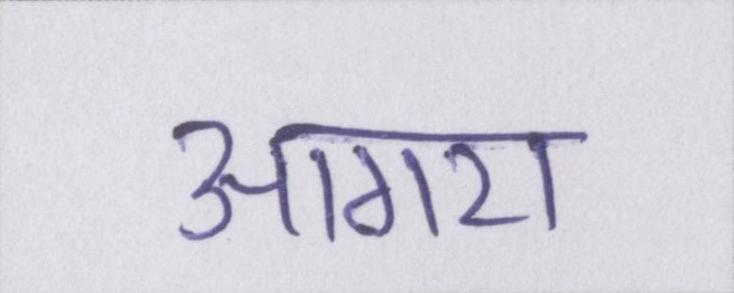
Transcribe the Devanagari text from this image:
आगरा